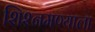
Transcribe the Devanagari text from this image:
शिश्नमण्याला